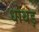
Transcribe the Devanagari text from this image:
धोथड़